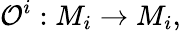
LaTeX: {\cal O}^{i}:M_{i}\rightarrow M_{i},